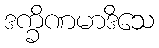
ဒက္ခိဏမာဒိသေ